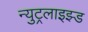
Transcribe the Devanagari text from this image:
न्युट्रलाइझ्ड